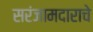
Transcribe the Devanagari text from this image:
सरंजामदाराचे